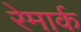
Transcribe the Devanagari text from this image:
रेमार्क